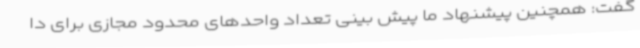
گفت: همچنین پیشنهاد ما پیش بینی تعداد واحدهای محدود مجازی برای دا